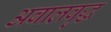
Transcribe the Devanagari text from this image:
अबालवृद्ध